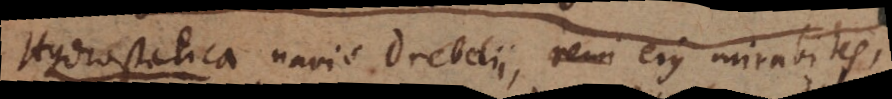
Hydrostatica navis Drebelii, remi ejus mirabiles,